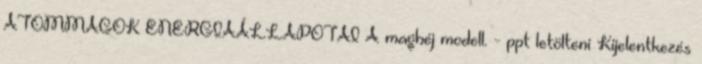
ATOMMAGOK ENERGIAÁLLAPOTAI A maghéj modell. - ppt letölteni Kijelentkezés